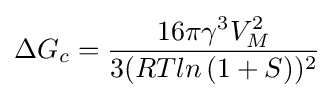
\Delta G_{c}={\frac {16\pi \gamma ^{3}V_{M}^{2}}{3(RTln\left(1+S\right))^{2}}}